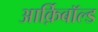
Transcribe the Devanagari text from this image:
आर्क़िबाॅल्ड